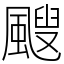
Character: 颼